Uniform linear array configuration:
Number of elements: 24
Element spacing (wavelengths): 0.25
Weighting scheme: blackman
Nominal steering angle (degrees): -15
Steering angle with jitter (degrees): -14.946
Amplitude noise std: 0.05
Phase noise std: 0.05

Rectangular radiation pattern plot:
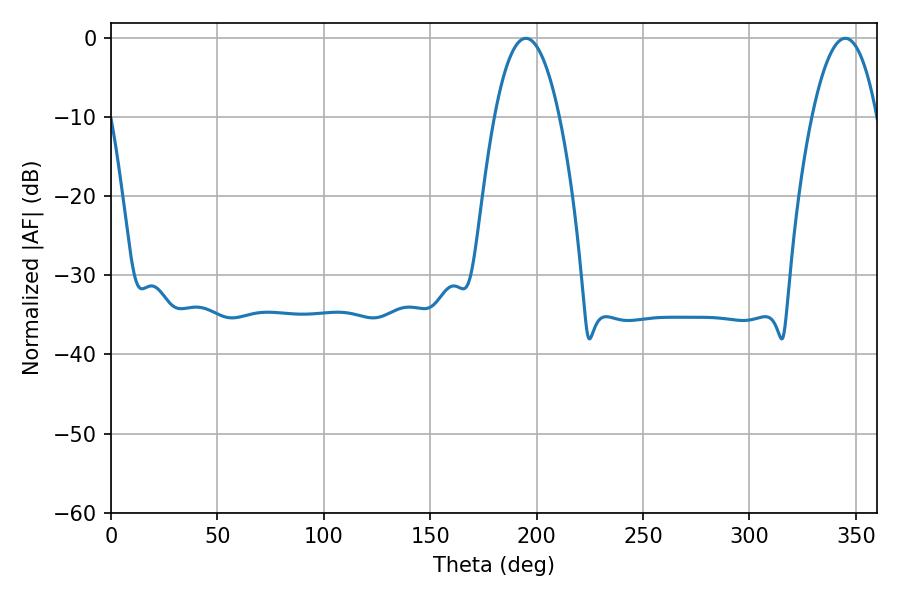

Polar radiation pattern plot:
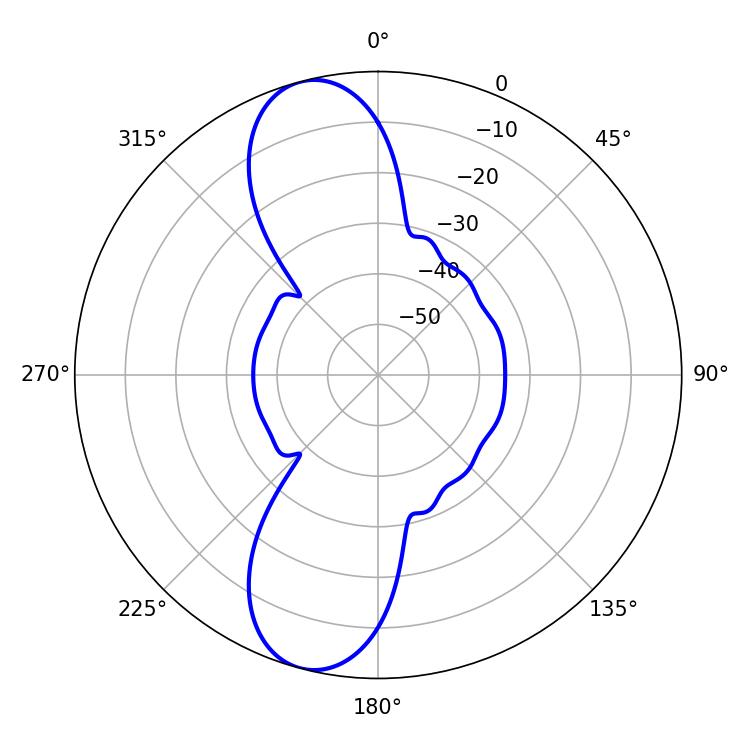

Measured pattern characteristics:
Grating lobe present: FALSE
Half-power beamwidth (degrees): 16.92
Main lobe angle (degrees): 194.94